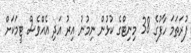
ފުރަތަމަ ހާފުގެ 38 މިނިޓްގެ ކުޅުން ނިމުނު އިރު އަދި އެއްވެސް ޓީމަކަށް